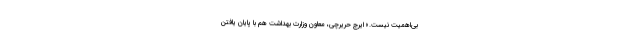
بی‌اهمیت نیست.» ایرج حریرچی، معاون وزارت بهداشت هم با پایان یافتن